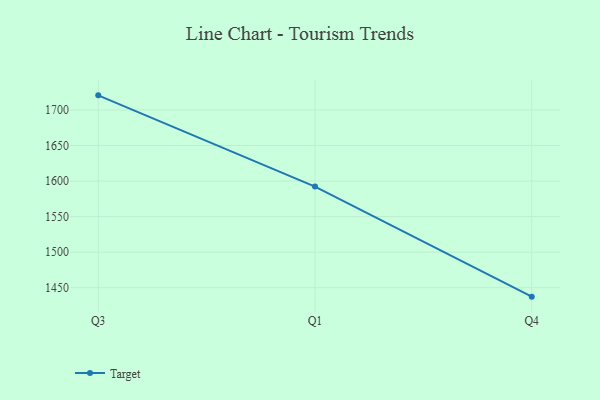
{"axis": {"x": "Quarter", "y": "Revenue (USD Million)"}, "legend": ["Target"], "data": [{"x": "Q3", "y": 1720.6, "type": "Target"}, {"x": "Q1", "y": 1592.3, "type": "Target"}, {"x": "Q4", "y": 1437.4, "type": "Target"}]}